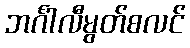
ဘင်္ဂါလီမွတ်စလင်